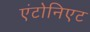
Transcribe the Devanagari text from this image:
एंटोनिएट